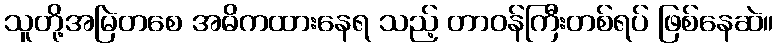
သူတို့အမြဲတစေ အဓိကထားနေရ သည့် တာဝန်ကြီးတစ်ရပ် ဖြစ်နေဆဲ။